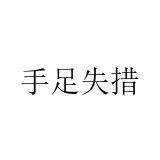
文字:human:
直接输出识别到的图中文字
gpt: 手足失措